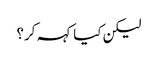
لیکن کیا کہہ کر؟